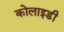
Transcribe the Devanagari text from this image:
कोलाइडी